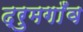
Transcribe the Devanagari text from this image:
द्रुमगाँव